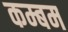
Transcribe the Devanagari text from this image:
कम्बम